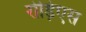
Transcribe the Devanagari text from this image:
रोड़िएस